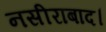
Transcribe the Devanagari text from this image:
नसीराबाद।